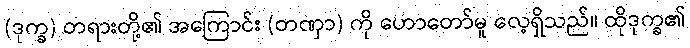
(ဒုက္ခ) တရားတို့၏ အကြောင်း (တဏှာ) ကို ဟောတော်မူ လေ့ရှိသည်။ ထိုဒုက္ခ၏